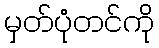
မှတ်ပုံတင်ကို